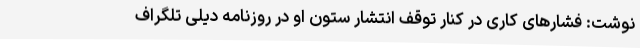
نوشت: فشارهای کاری در کنار توقف انتشار ستون او در روزنامه دیلی تلگراف